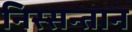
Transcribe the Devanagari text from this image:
निस्सन्तान